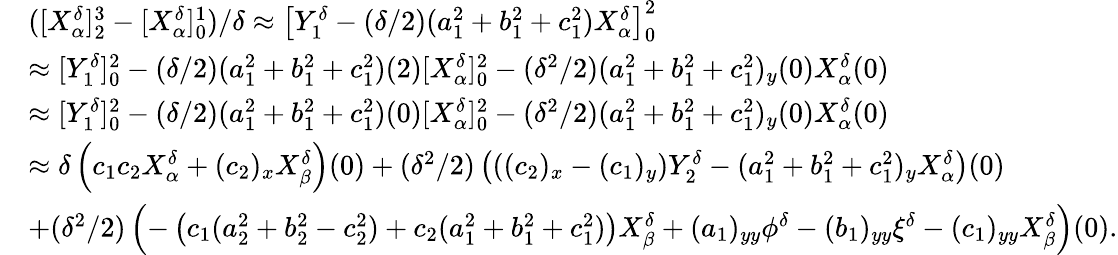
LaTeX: \begin{array}{rl}&{([X_{\alpha}^{\delta}]_{2}^{3}-[X_{\alpha}^{\delta}]_{0}^{1})/\delta\approx\left[Y_{1}^{\delta}-(\delta/2)(a_{1}^{2}+b_{1}^{2}+c_{1}^{2})X_{\alpha}^{\delta}\right]_{0}^{2}}\\ &{\approx[Y_{1}^{\delta}]_{0}^{2}-(\delta/2)(a_{1}^{2}+b_{1}^{2}+c_{1}^{2})(2)[X_{\alpha}^{\delta}]_{0}^{2}-(\delta^{2}/2)(a_{1}^{2}+b_{1}^{2}+c_{1}^{2})_{y}(0)X_{\alpha}^{\delta}(0)}\\ &{\approx[Y_{1}^{\delta}]_{0}^{2}-(\delta/2)(a_{1}^{2}+b_{1}^{2}+c_{1}^{2})(0)[X_{\alpha}^{\delta}]_{0}^{2}-(\delta^{2}/2)(a_{1}^{2}+b_{1}^{2}+c_{1}^{2})_{y}(0)X_{\alpha}^{\delta}(0)}\\ &{\approx\delta\left(c_{1}c_{2}X_{\alpha}^{\delta}+(c_{2})_{x}X_{\beta}^{\delta}\right)(0)+(\delta^{2}/2)\left(((c_{2})_{x}-(c_{1})_{y})Y_{2}^{\delta}-(a_{1}^{2}+b_{1}^{2}+c_{1}^{2})_{y}X_{\alpha}^{\delta}\right)(0)}\\ &{+(\delta^{2}/2)\left(-\left(c_{1}(a_{2}^{2}+b_{2}^{2}-c_{2}^{2})+c_{2}(a_{1}^{2}+b_{1}^{2}+c_{1}^{2})\right)X_{\beta}^{\delta}+(a_{1})_{yy}\phi^{\delta}-(b_{1})_{yy}\xi^{\delta}-(c_{1})_{yy}X_{\beta}^{\delta}\right)(0).}\end{array}